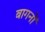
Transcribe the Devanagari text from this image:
बागनों